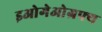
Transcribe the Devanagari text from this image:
इओगेओग्रफ्य